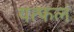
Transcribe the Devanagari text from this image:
यत्फलं